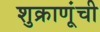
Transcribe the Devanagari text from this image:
शुक्राणूंची